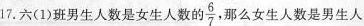
17.六(1)班男生人数是女生人数的frac{6}{7} 那么女生人数是男生人